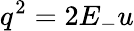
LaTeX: q^{2}=2E_{-}u